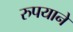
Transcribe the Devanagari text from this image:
रुपयाने